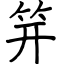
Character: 笄